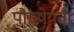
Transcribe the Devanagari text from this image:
पौरुषेयता